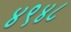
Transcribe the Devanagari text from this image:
४९४८